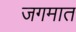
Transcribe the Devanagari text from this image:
जगमात